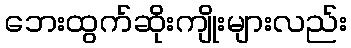
ဘေးထွက်ဆိုးကျိုးများလည်း